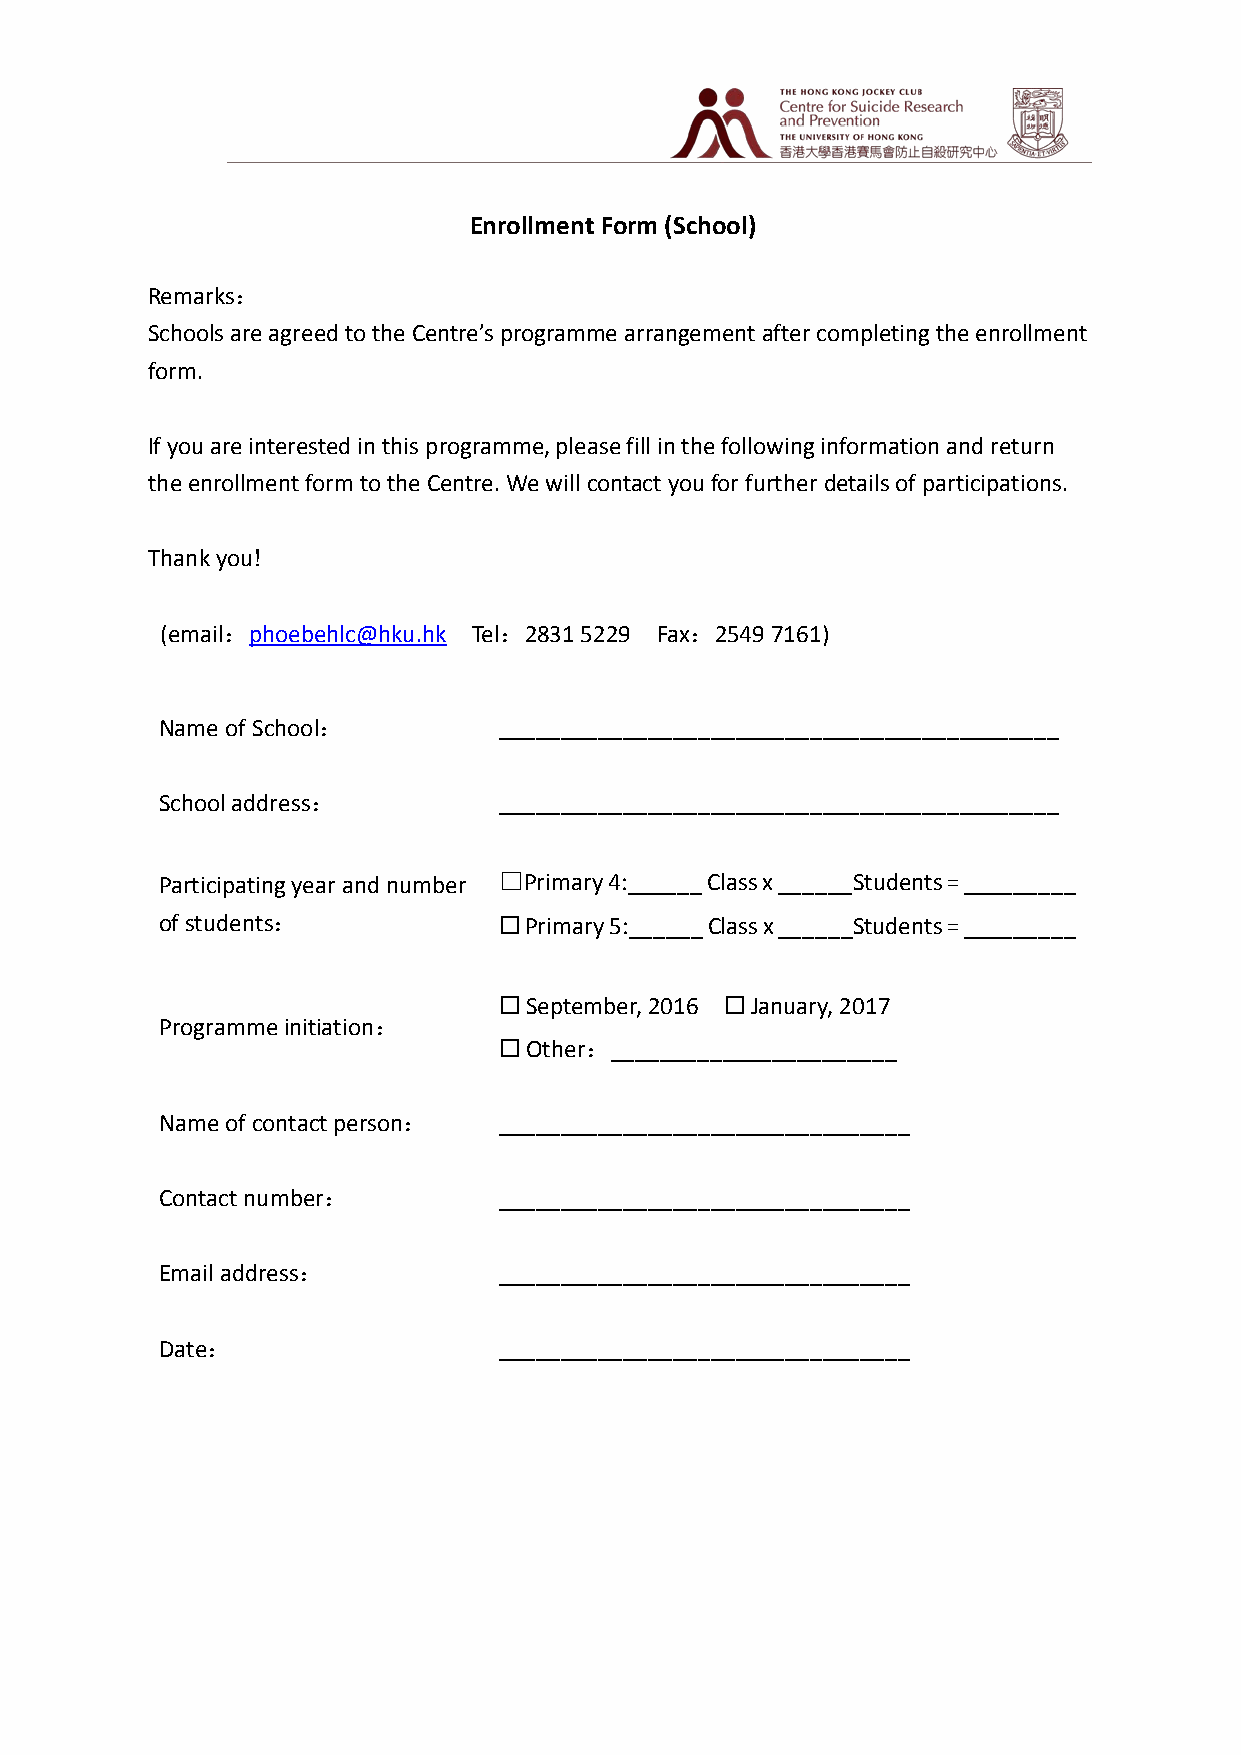
Enrollment Form (School)
 Remarks：
 Schools are agreed to the Centre’s programme arrangement after completing the enrollment
 form.
 If you are interested in this programme, please fill in the following information and return
 the enrollment form to the Centre. We will contact you for further details of participations.
 Thank you!
 (email：phoebehlc@hku.hk Tel：2831 5229 Fax：2549 7161)
 Name of School：       _____________________________________________
 School address：       _____________________________________________
 Participating year and number ☐Primary 4:______ Class x ______Students = _________
 of students：          ☐ Primary 5:______ Class x ______Students = _________
 ☐ September, 2016 ☐ January, 2017
 Programme initiation：
 ☐ Other：_______________________
 Name of contact person： _________________________________
 Contact number：       _________________________________
 Email address：        _________________________________
 Date：                 _________________________________